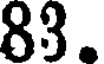
83.